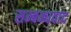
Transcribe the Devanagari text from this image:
सम्बन्धवाद